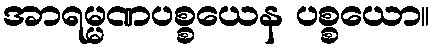
အာရမ္မဏပစ္စယေန ပစ္စယော။